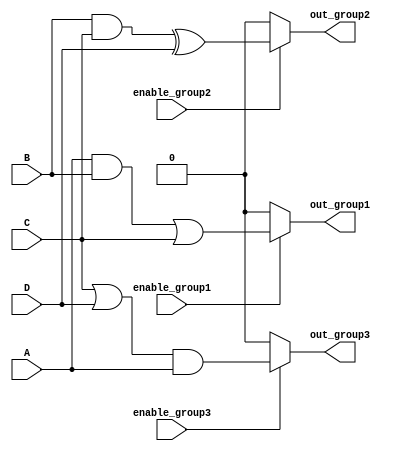
module combinational_logic_blocks(
    input wire A,
    input wire B,
    input wire C,
    input wire D,
    input wire enable_group1,
    input wire enable_group2,
    input wire enable_group3,
    output wire out_group1,
    output wire out_group2,
    output wire out_group3
);

// Group 1: (A AND B) OR C
wire group1_logic;
assign group1_logic = (A & B) | C;

// Group 2: (B AND C) XOR D
wire group2_logic;
assign group2_logic = (B & C) ^ D;

// Group 3: (C OR D) AND A
wire group3_logic;
assign group3_logic = (C | D) & A;

// Enable outputs based on control signals
assign out_group1 = enable_group1 ? group1_logic : 1'b0;
assign out_group2 = enable_group2 ? group2_logic : 1'b0;
assign out_group3 = enable_group3 ? group3_logic : 1'b0;

endmodule